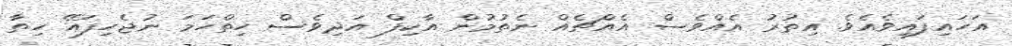
އަހައިފައިވެއެވެ. އިތުރު އެއްވެސް އެއްޗެއް ނެތުމުން އާކިފް އަދިވެސް ހިތްހަމަ ނުޖެހިފައޭ ހިތާ